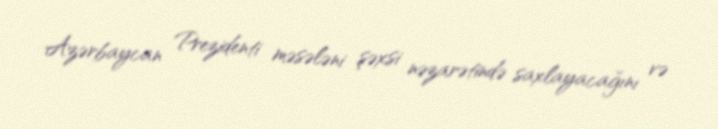
Azərbaycan Prezidenti məsələni şəxsi nəzarətində saxlayacağını və